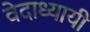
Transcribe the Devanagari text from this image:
वेदाध्यायी